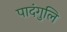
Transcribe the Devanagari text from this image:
पादंगुलि